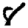
Digit: 8